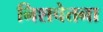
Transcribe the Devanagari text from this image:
निशचेतना